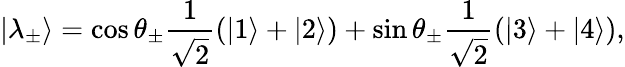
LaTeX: |\lambda_{\pm}\rangle=\cos\theta_{\pm}\frac{1}{\sqrt{2}}(|1\rangle+|2\rangle)+\sin\theta_{\pm}\frac{1}{\sqrt{2}}(|3\rangle+|4\rangle),